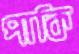
পাকি